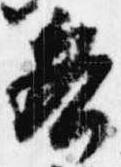
各